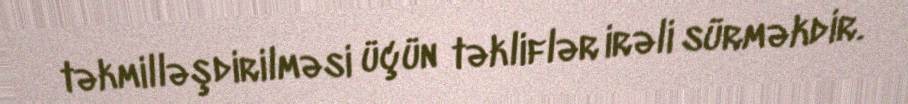
təkmilləşdirilməsi üçün təkliflər irəli sürməkdir.